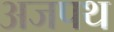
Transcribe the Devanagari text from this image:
अजपथ